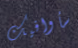
سأوافيك